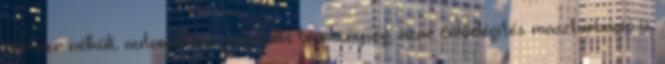
partner nélküli, autoerotikus szexuális tevékenység, azaz önkielégítés maszturbáció is.